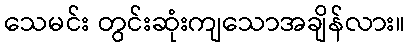
သေမင်း တွင်းဆုံးကျသောအချိန်လား။